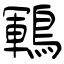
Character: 鶤